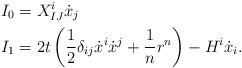
LaTeX: \begin{align*}I_{0} & =X_{IJ}^{i}\dot{x}_{j}\\I_{1} & =2t\left( \frac{1}{2}\delta_{ij}\dot{x}^{i}\dot{x}^{j}+\frac{1}{n}r^{n}\right) -H^{i}\dot{x}_{i}.\end{align*}